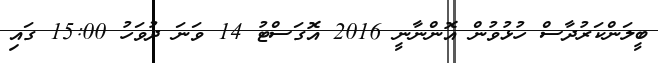
ބީލަންކަރުދާސް ހުޅުވުން އޮންނާނީ 2016 އޮގަސްޓު 14 ވަނަ ދުވަހު 15:00 ގައި